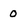
Character: 0